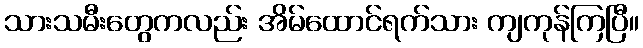
သားသမီးတွေကလည်း အိမ်ထောင်ရက်သား ကျကုန်ကြပြီ။